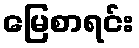
မြေစာရင်း